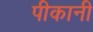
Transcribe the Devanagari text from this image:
पीकानी